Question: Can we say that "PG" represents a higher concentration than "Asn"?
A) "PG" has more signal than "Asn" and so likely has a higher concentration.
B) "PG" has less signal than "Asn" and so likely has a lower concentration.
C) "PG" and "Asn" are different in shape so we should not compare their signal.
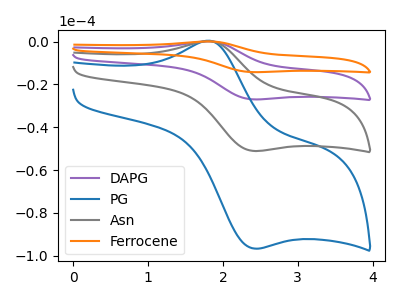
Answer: <think>The purple curve "DAPG" has an anodic peak at (1.80V, 0.45uA) and a cathodic peak at (2.40V, -102.15uA). The blue curve "PG" has an anodic peak at (1.80V, 0.40uA) and a cathodic peak at (2.40V, -96.60uA). The gray curve "Asn" has an anodic peak at (1.80V, 0.20uA) and a cathodic peak at (2.40V, -51.05uA). The orange curve "Ferrocene" has an anodic peak at (1.80V, 0.65uA) and a cathodic peak at (2.40V, -153.20uA).
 All the peaks in "PG" have a peak in "Asn" at the same potential. Every peak in "PG" is higher than every peak in "Asn".</think>
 <answer>A) "PG" has more signal than "Asn" and so likely has a higher concentration.</answer>
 <eval>A</eval>